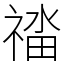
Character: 䄕